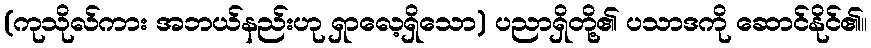
(ကုသိုလ်ကား အဘယ်နည်းဟု ရှာလေ့ရှိသော) ပညာရှိတို့၏ ပသာဒကို ဆောင်နိုင်၏။